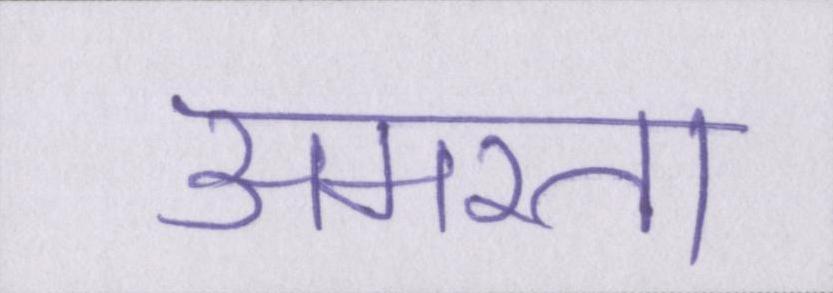
अमरता